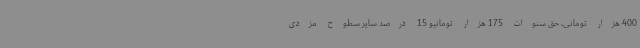
400 هزار تومانی، حق سنوات 175 هزار تومانیو 15 درصد سایر سطوح مزدی